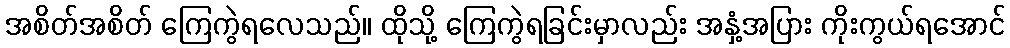
အစိတ်အစိတ် ကြေကွဲရလေသည်။ ထိုသို့ ကြေကွဲရခြင်းမှာလည်း အနှံ့အပြား ကိုးကွယ်ရအောင်